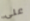
علي